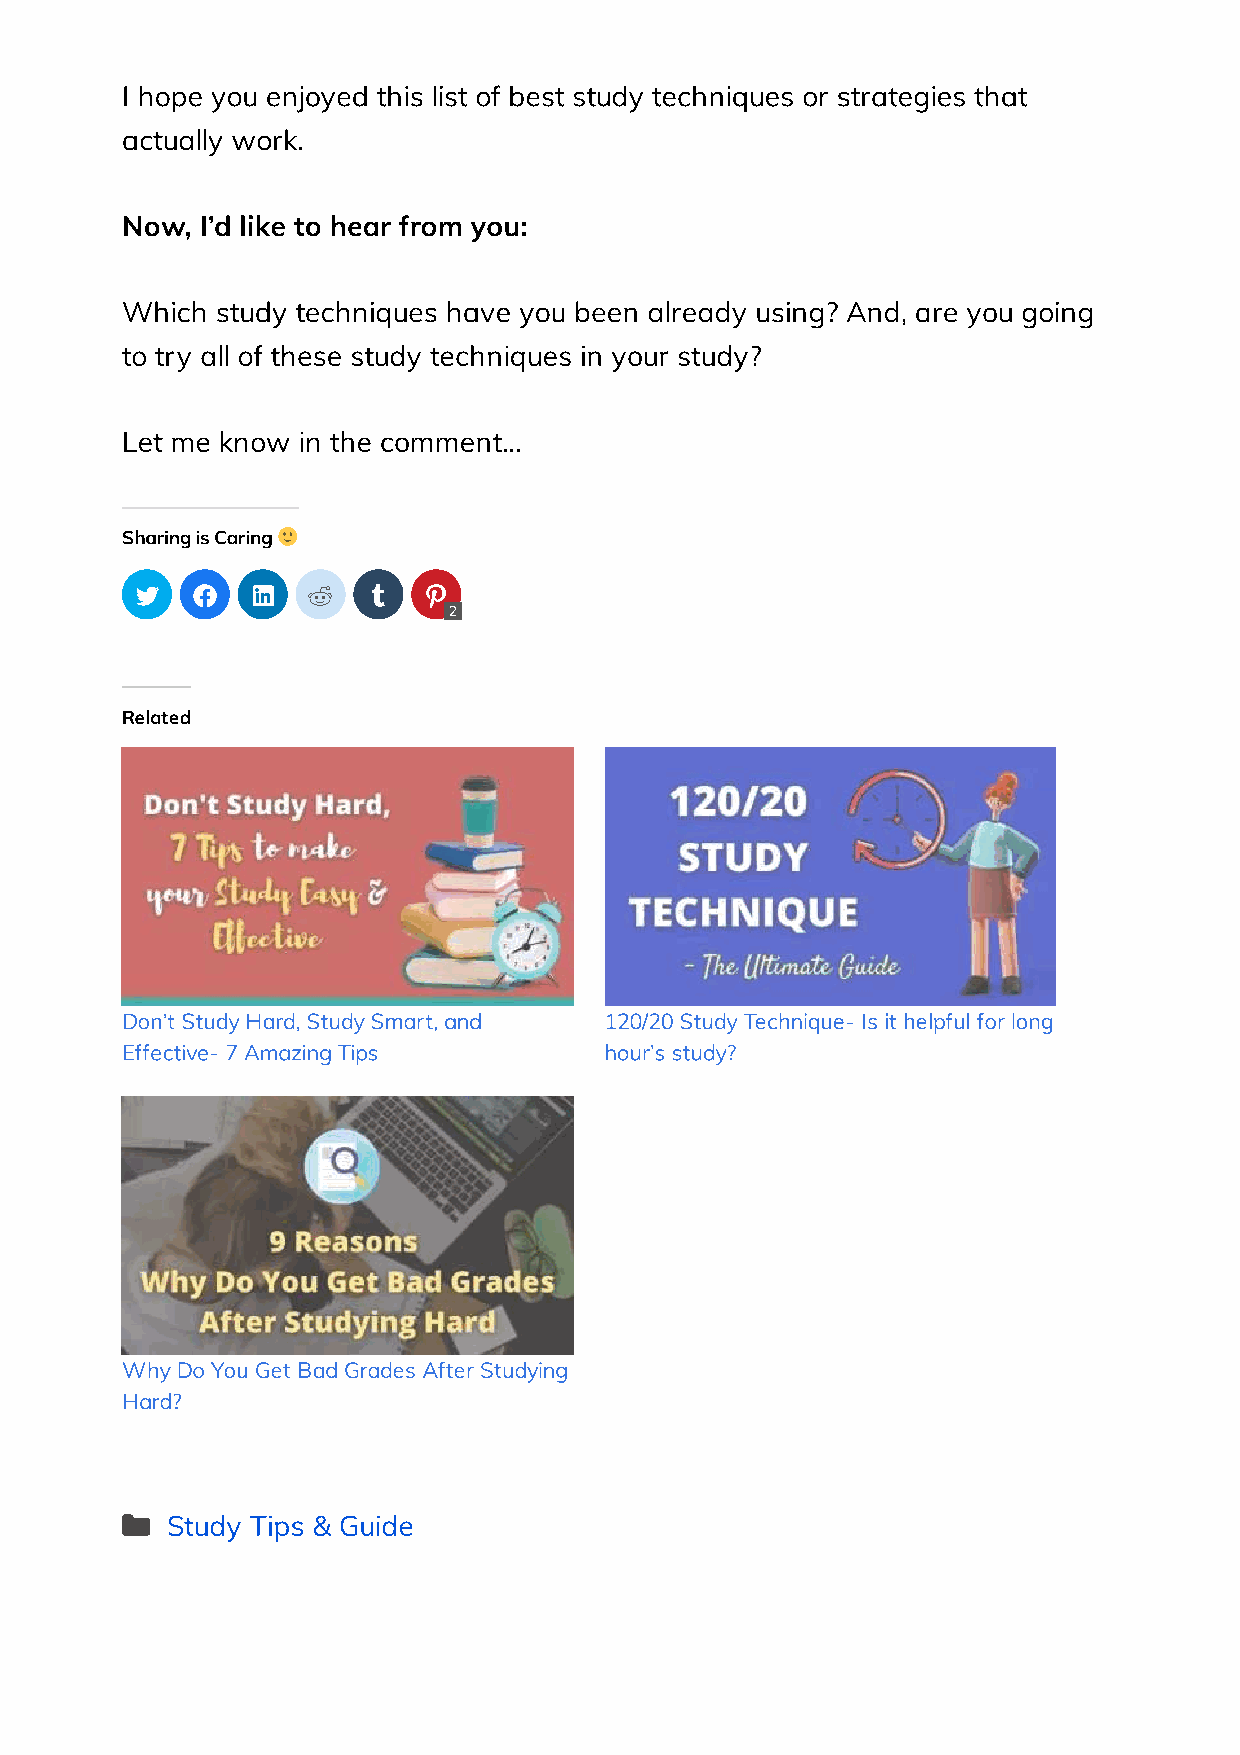
I hope you enjoyed this list of best study techniques or strategies that
 actually work.
 Now, I’d like to hear from you:
 Which study techniques have you been already using? And, are you going
 to try all of these study techniques in your study?
 Let me know in the comment…
 Sharing is Caring
               
 2
 Related
 Don’t Study Hard, Study Smart, and 120/20 Study Technique- Is it helpful for long
 Effective- 7 Amazing Tips       hour’s study?
 Why Do You Get Bad Grades After Studying
 Hard?
 Study Tips & Guide